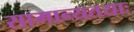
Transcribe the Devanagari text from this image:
सामान्यतयाः